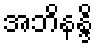
အဘိနန္ဒိ